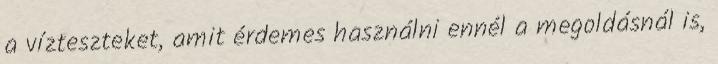
a vízteszteket, amit érdemes használni ennél a megoldásnál is,